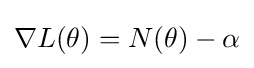
\nabla L(\theta )=N(\theta )-\alpha